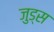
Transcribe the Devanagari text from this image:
जुड्स